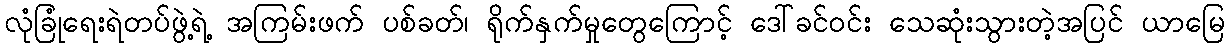
လုံခြုံရေးရဲတပ်ဖွဲ့ရဲ့ အကြမ်းဖက် ပစ်ခတ်၊ ရိုက်နှက်မှုတွေကြောင့် ဒေါ်ခင်ဝင်း သေဆုံးသွားတဲ့အပြင် ယာမြေ